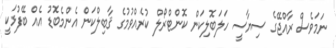
ނަމަވެސް ރާއްޖޭގެ ސިޔާސީ ހަލަބޮލިކަން ކޮންޓްރޯލް ކުރެއްވުމުގެ ޤާބިލްކަން އެންމެބޮޑު އެއް ބޭފުޅަކީ